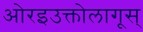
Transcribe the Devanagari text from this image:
ओरइउक्तोलागूस्